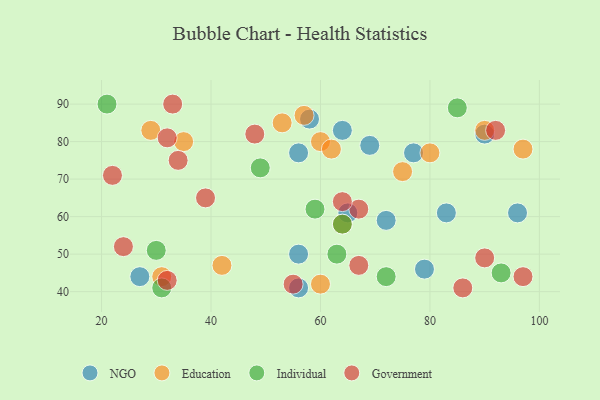
{"axis": {"x": "GDP", "y": "Life Expectancy"}, "legend": ["Education", "Government", "Individual", "NGO"], "data": [{"x": "58", "y": 86, "type": "NGO"}, {"x": "65", "y": 61, "type": "NGO"}, {"x": "72", "y": 59, "type": "NGO"}, {"x": "56", "y": 41, "type": "NGO"}, {"x": "90", "y": 82, "type": "NGO"}, {"x": "77", "y": 77, "type": "NGO"}, {"x": "64", "y": 83, "type": "NGO"}, {"x": "27", "y": 44, "type": "NGO"}, {"x": "96", "y": 61, "type": "NGO"}, {"x": "56", "y": 50, "type": "NGO"}, {"x": "79", "y": 46, "type": "NGO"}, {"x": "69", "y": 79, "type": "NGO"}, {"x": "56", "y": 77, "type": "NGO"}, {"x": "83", "y": 61, "type": "NGO"}, {"x": "60", "y": 42, "type": "Education"}, {"x": "75", "y": 72, "type": "Education"}, {"x": "35", "y": 80, "type": "Education"}, {"x": "31", "y": 44, "type": "Education"}, {"x": "64", "y": 58, "type": "Education"}, {"x": "53", "y": 85, "type": "Education"}, {"x": "60", "y": 80, "type": "Education"}, {"x": "29", "y": 83, "type": "Education"}, {"x": "80", "y": 77, "type": "Education"}, {"x": "97", "y": 78, "type": "Education"}, {"x": "57", "y": 87, "type": "Education"}, {"x": "90", "y": 83, "type": "Education"}, {"x": "62", "y": 78, "type": "Education"}, {"x": "42", "y": 47, "type": "Education"}, {"x": "30", "y": 51, "type": "Individual"}, {"x": "63", "y": 50, "type": "Individual"}, {"x": "31", "y": 41, "type": "Individual"}, {"x": "64", "y": 58, "type": "Individual"}, {"x": "59", "y": 62, "type": "Individual"}, {"x": "49", "y": 73, "type": "Individual"}, {"x": "21", "y": 90, "type": "Individual"}, {"x": "93", "y": 45, "type": "Individual"}, {"x": "72", "y": 44, "type": "Individual"}, {"x": "85", "y": 89, "type": "Individual"}, {"x": "67", "y": 47, "type": "Government"}, {"x": "55", "y": 42, "type": "Government"}, {"x": "32", "y": 81, "type": "Government"}, {"x": "67", "y": 62, "type": "Government"}, {"x": "90", "y": 49, "type": "Government"}, {"x": "34", "y": 75, "type": "Government"}, {"x": "24", "y": 52, "type": "Government"}, {"x": "22", "y": 71, "type": "Government"}, {"x": "86", "y": 41, "type": "Government"}, {"x": "92", "y": 83, "type": "Government"}, {"x": "33", "y": 90, "type": "Government"}, {"x": "32", "y": 43, "type": "Government"}, {"x": "97", "y": 44, "type": "Government"}, {"x": "39", "y": 65, "type": "Government"}, {"x": "48", "y": 82, "type": "Government"}, {"x": "64", "y": 64, "type": "Government"}]}